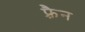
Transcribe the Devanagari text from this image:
फ़्रैन